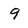
Character: 9